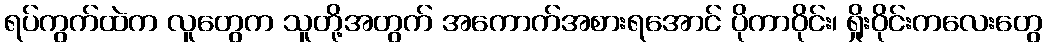
ရပ်ကွက်ထဲက လူတွေက သူတို့အတွက် အကောက်အစားရအောင် ပိုကာဝိုင်း၊ ရှိုးဝိုင်းကလေးတွေ